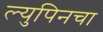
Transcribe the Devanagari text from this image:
ल्युपिनचा